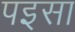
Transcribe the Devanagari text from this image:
पइसा